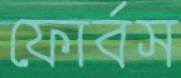
ফোর্বস